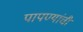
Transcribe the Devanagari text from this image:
पापण्यांची